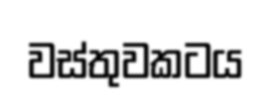
වස්තුවකටය